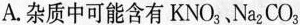
A.杂质中可能含有KNO_{3}、Na_{2}CO_{3}